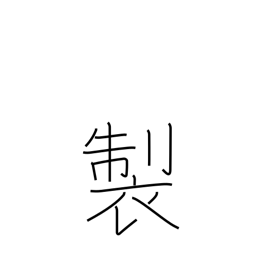
Meaning: manufacture